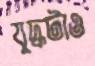
যুদ্ধটাও